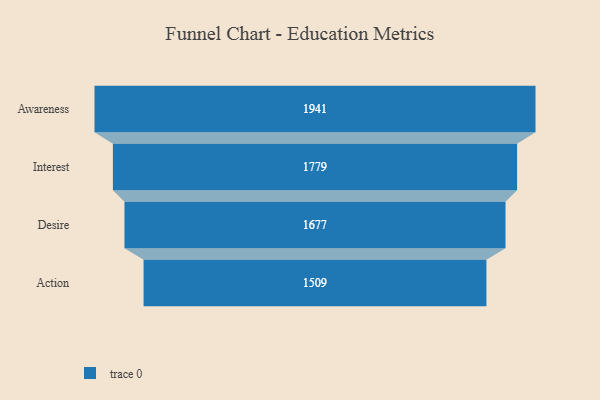
{"axis": {"x": "Stage", "y": "Value"}, "legend": [""], "data": [{"x": "Awareness", "y": 1941.0, "type": ""}, {"x": "Interest", "y": 1779.0, "type": ""}, {"x": "Desire", "y": 1677.0, "type": ""}, {"x": "Action", "y": 1509.0, "type": ""}]}